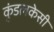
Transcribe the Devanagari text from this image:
कुंडलकेसी